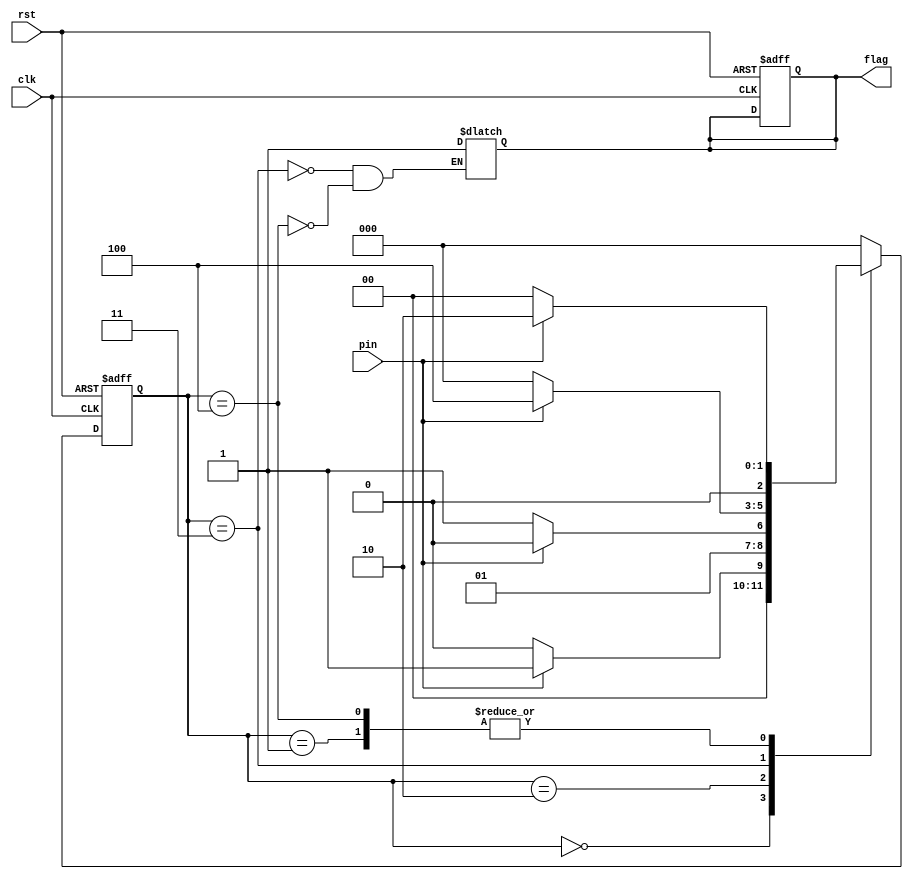
module my1101
#(parameter S0 = 3'b000,S1 = 3'b001,S2 = 3'b010,S3 = 3'b011,S4 = 3'b100)
(
input pin,
input clk,rst,
output flag
    );
reg flag;
reg [2:0] cstage,nstage;

always @(posedge clk or posedge rst) 
begin 
	if(rst) 
	begin
		cstage<=S0;
		flag<=0;
	end 
	else 
	begin
		cstage<=nstage;
	end
end

always @(pin or cstage) 
begin
	case (cstage)
		S0: begin
			if(pin==1) nstage=S1;
			else nstage=S0; 
		end // S0:
		S1: begin
			if(pin==1) nstage=S2;
			else nstage=S0;
		end // S1:
		S2: begin
			if(pin==0) nstage=S3;
			else nstage=S2;
		end // S2:
		S3: begin
			flag<=1;
			if(pin==1) begin
				nstage=S4;
			end
			else nstage<=S0;
		end // S3:
		S4: begin
			flag<=1;
			if(pin==1) nstage=S2;
			else nstage=S0;
		end // S4:
		default : nstage=S0/* default */;
	endcase
end
endmodule